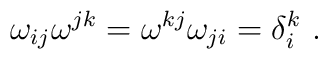
\omega_{ij} \omega^{jk} = \omega^{kj}\omega_{ji} = \delta^k_i\ .